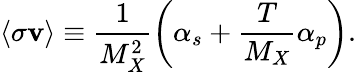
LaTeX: \langle\sigma\mathbf{v}\rangle\equiv\frac{{1}}{{M_{X}^{2}}}\left(\alpha_{s}+\frac{{T}}{{M_{X}}}\alpha_{p}\right).